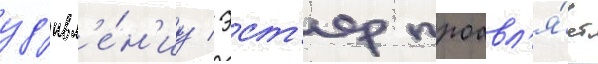
уд'ивл'е́н'иу / эст'ер проавл'я́ет